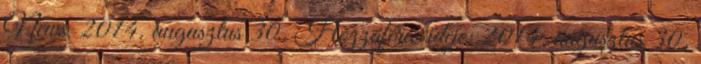
News, 2014. augusztus 30. Hozzáférés ideje: 2014. augusztus 30.